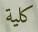
كلیة